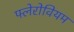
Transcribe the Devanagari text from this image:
फ्लेरोवियम